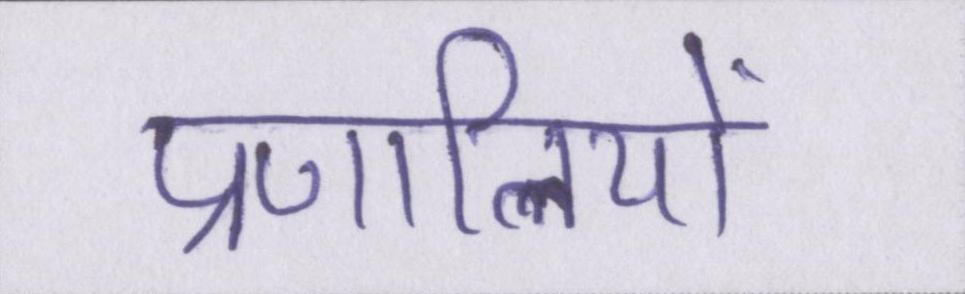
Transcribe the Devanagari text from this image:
प्रणालियों